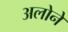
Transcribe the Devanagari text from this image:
अलोने